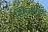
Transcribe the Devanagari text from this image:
सिक्सेस